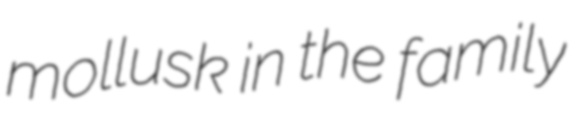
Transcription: mollusk in the family